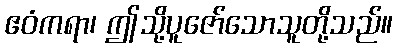
ဧဝံကရာ၊ ဤသို့ပူဇော်သောသူတို့သည်။